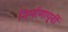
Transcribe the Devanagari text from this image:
निर्माणापूर्वी